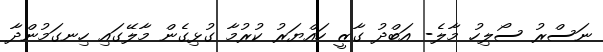
ނަސްރު ސޯލިހު މާލެ- އަބްދު ގާޒީ ހައްޔަރު ކުރުމާ ގުޅިގެން މާލޭގައި ހިނގަމުންދާ